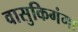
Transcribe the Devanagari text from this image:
वासुकिगंगा